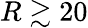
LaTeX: R\gtrsim 20